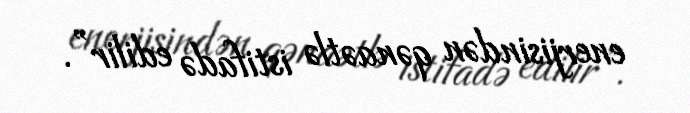
enerjisindən qənaətlə istifadə edilir”.